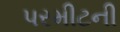
પરમીટની